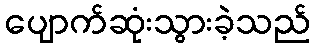
ပျောက်ဆုံးသွားခဲ့သည်